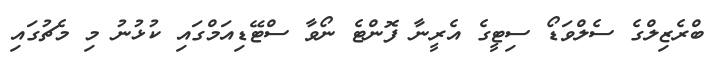
ބްރެޒިލްގެ ސެލްވަޑޯ ސިޓީގެ އެރީނާ ފޮންޓެ ނޯވާ ސްޓޭޑިއަމްގައި ކުޅުނު މި މެޗުގައި